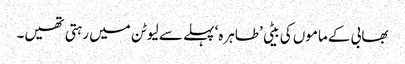
بھابی کے ماموں کی بیٹی ’طاہرہ‘ پہلے سے لیوٹن میں رہتی تھیں۔